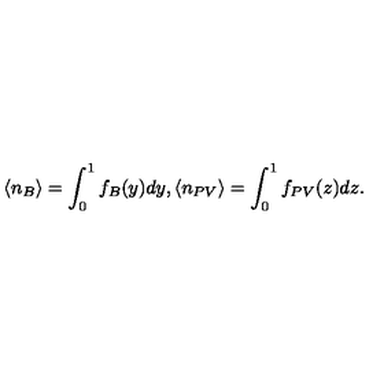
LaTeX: \langle n _ { B } \rangle = \int _ { 0 } ^ { 1 } f _ { B } ( y ) d y , \langle n _ { P V } \rangle = \int _ { 0 } ^ { 1 } f _ { P V } ( z ) d z .